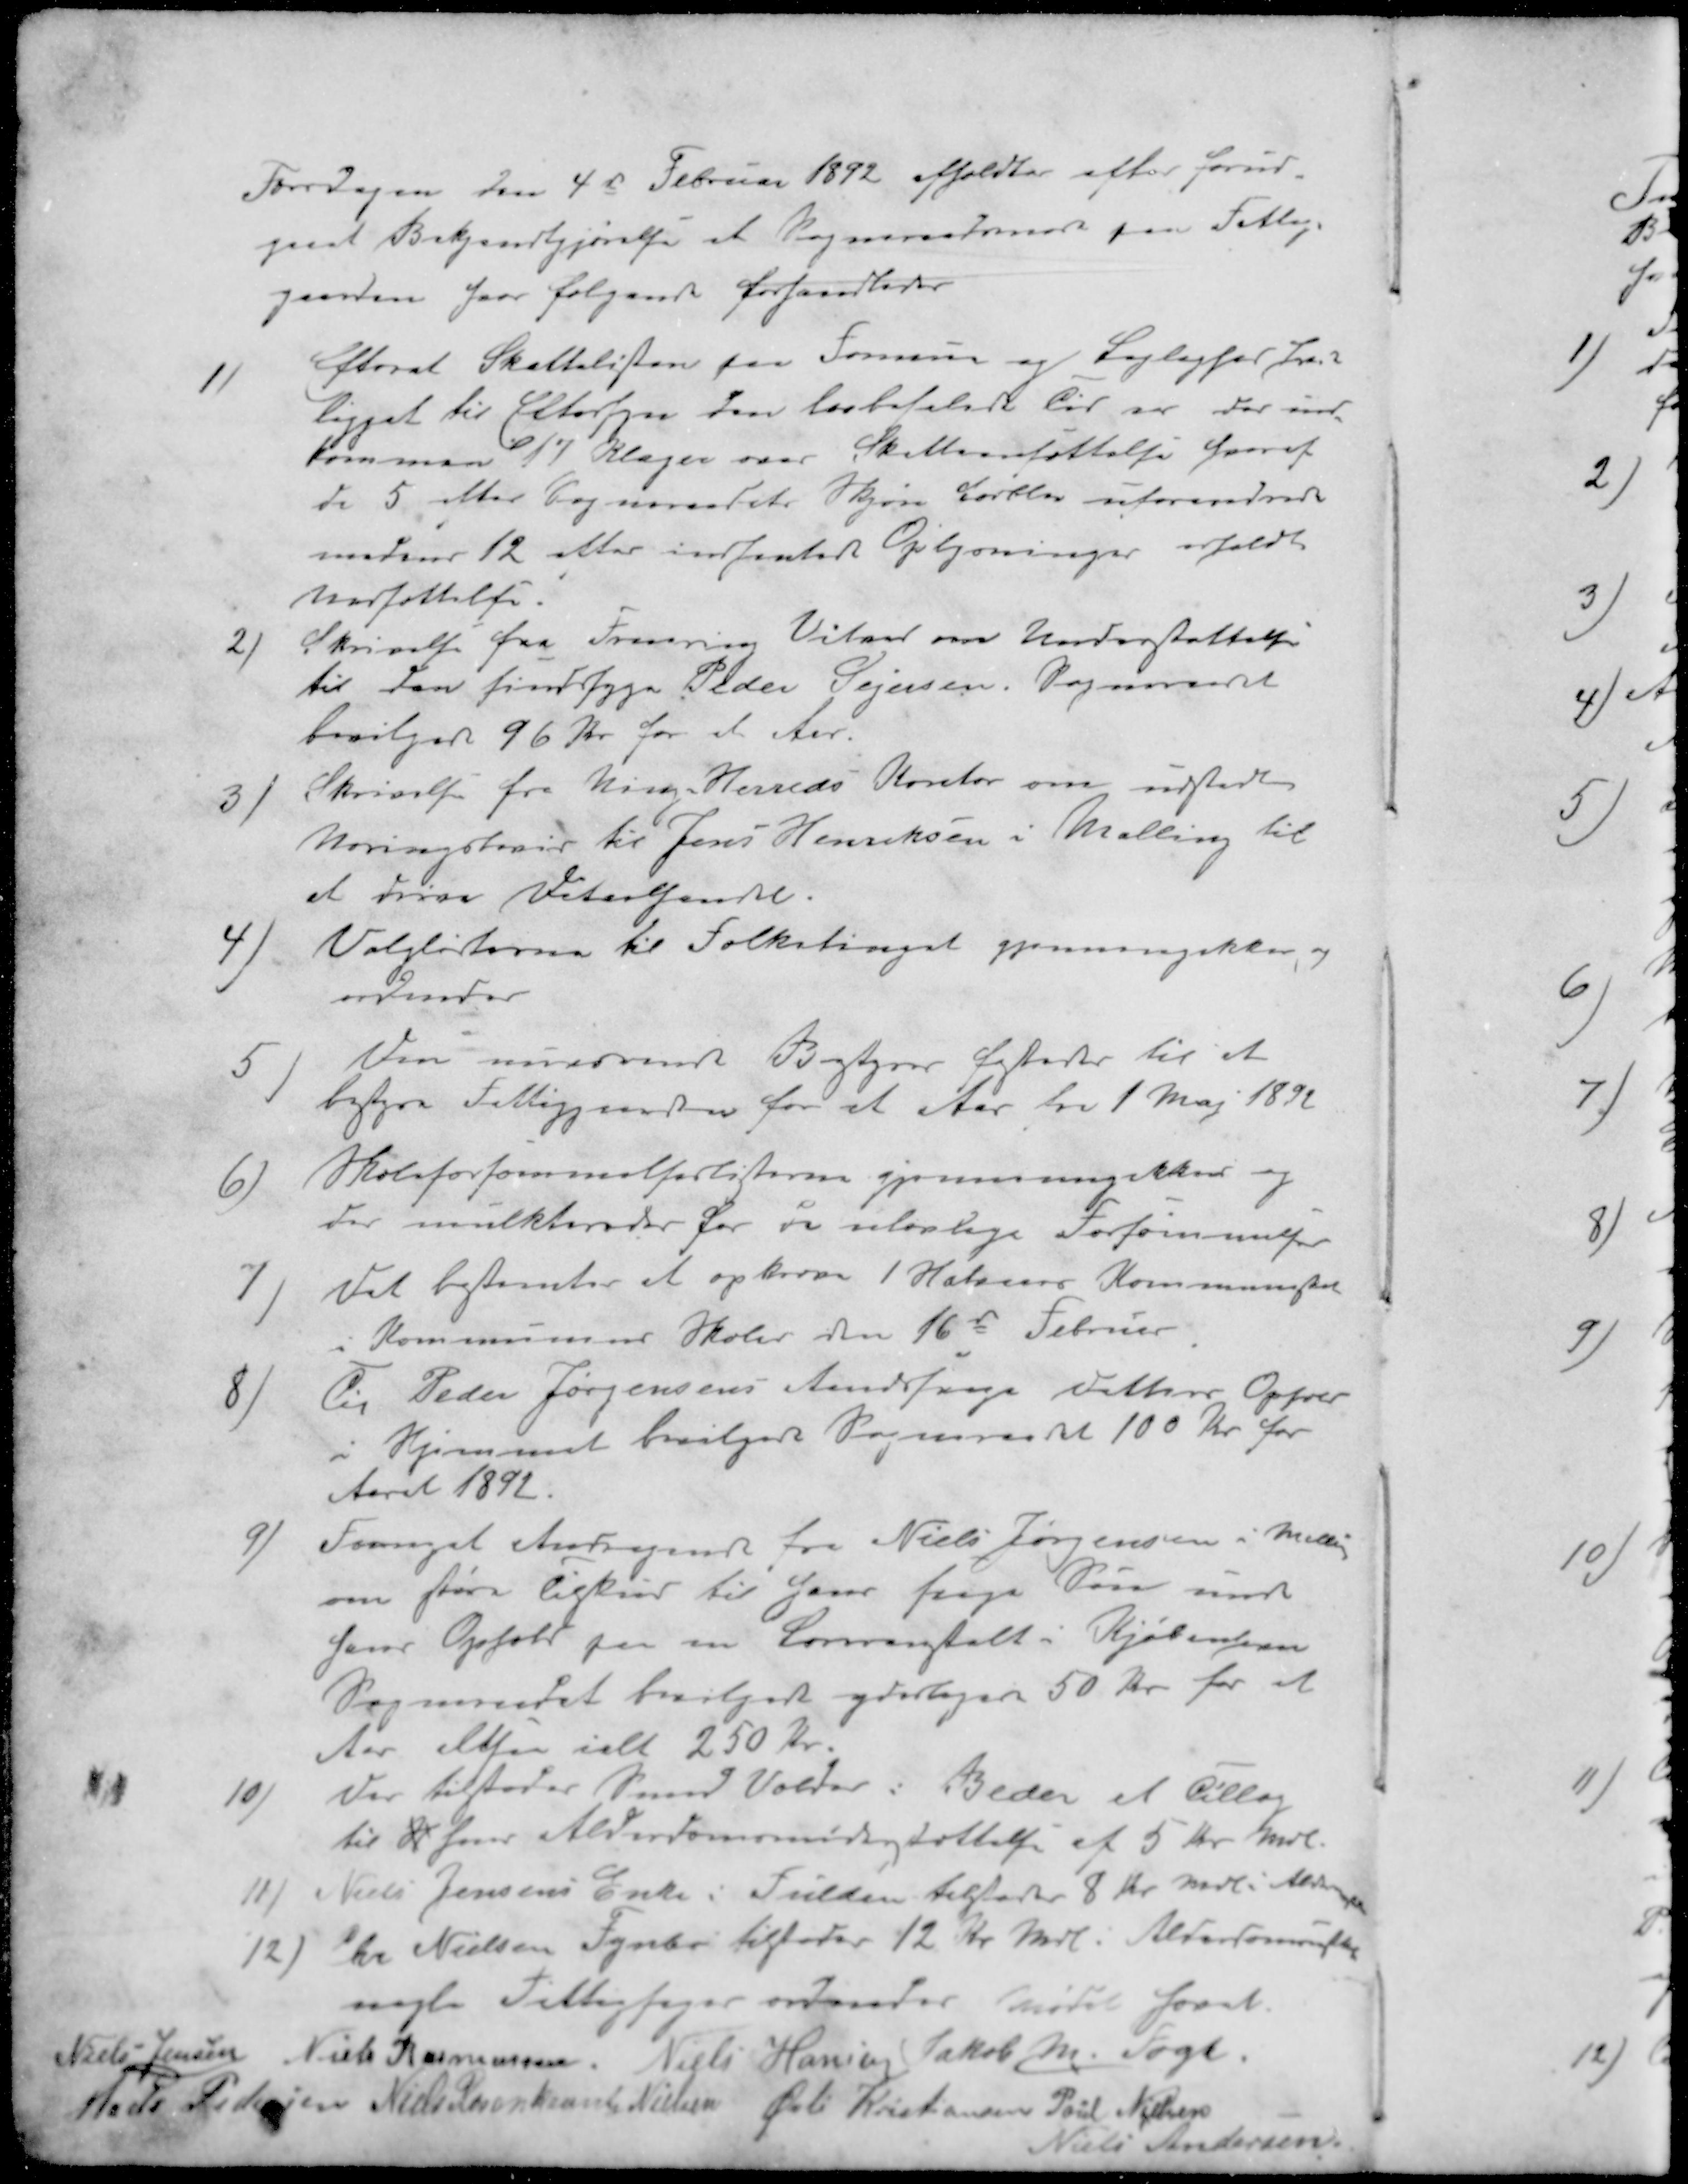
Transskription:
Torsdagen den 4d Februar 1892 afholdtes efter forud-
gaaet Bekjendtgjørelse et Sogneraadsmøde paa Fattig-
gaarden hvor følgende forhandledes
1 ) efterat Skattelisten fra Formue og Lejlighed har
ligget til Eftersyn den lovbefalede Tid var der ind
kommen 17 Klager over Skatteansættelse hvoraf
de 5 efter Sogneraadets Skjøn forblev uforandrede
medens 12 atter indsendte Oplysninger erholdt
nedsættelse.
2 ) Skrivelse fra Frausing Vitved om Understøttelse
til den sindssyge Peder Sejersen. Sogneraadet
bevilgede 96 Kr for et Aar.
3 ) Skrivelse fra Ning Herreds Kontor om udstedt
Næringsbevis til Jens Henriksen i Malling til
at drive Detailhandel.
4 ) Valglisterne til Folketinget gjennemgikkes og
ordnedes
5 Den nuværende Bestyrer  til at 
bestyre Fattiggaarden for et Aar fra 1 Maj 1892
6) Skoleforsømmelserlisterne gjennemgikkes og 
der mulkteredes for de ulovlige Forsømmelser
7). Det bestemtes at opkræve 1 Halvaars Kommuneskat
i Kommunens Skoler den 16te Februar
8) Til Peder Jørgensens Aandsvage Datters Ophold
i Hjemmet bevilgede Sogneraadet 100 Kr for
Aaret 1892.
9) Fornyet Andragende fra Niels Jørgensen i Malling
om større tilkaar til hans svage Søn under
hans Ophold paa en Læreanstalt i Kjøbenhavn
Sogneraadet bevilgede yderligere 50 Kr for et
Aar altsaa ialt 250 Kr.
10) Der tilstodes   i Beder et Tillæg
til H hans Alderdomsunderstøttelse af 5 Kr. mdl.
11) Niels Jensens Enke i Fulden tilstodes 8 Kr. mdl i Aldersrente
12) Chr Nielsen Fynbo tilstodes 12 Kr. mdl. Alderdomsrente
nogle Fattigsager ordnedes Mødet hævet
Niels Jensen
Niels Rasmussen
Niels Hansen
Jakob M. Fogh.
Mads Pedersen
Niels Rosenkrans Nielsen
Øvli Kristiansen
Poul Nielsen
Niels Andersen